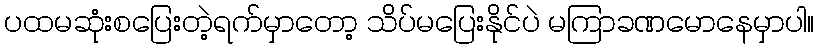
ပထမဆုံးစပြေးတဲ့ရက်မှာတော့ သိပ်မပြေးနိုင်ပဲ မကြာခဏမောနေမှာပါ။